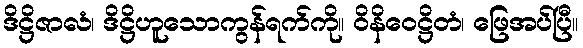
ဒိဋ္ဌိဇာလံ၊ ဒိဋ္ဌိဟူသောကွန်ရက်ကို။ ဝိနိဝေဋ္ဌိတံ၊ ဖြေအပ်ပြီ။